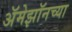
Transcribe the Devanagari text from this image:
अॅमेझॉनच्या